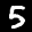
Label: 5